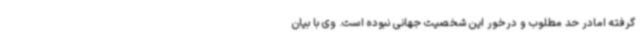
گرفته امادر حد مطلوب و درخور این شخصیت جهانی نبوده است. وی با بیان